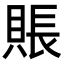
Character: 賬